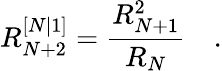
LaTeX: R_{N+2}^{[N\vert 1]}=\frac{R_{N+1}^{2}}{R_{N}}\quad.